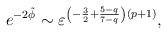
\begin{align*}e^{-2\tilde{\phi}} \sim \varepsilon^{\left(-\frac{3}{2} + \frac{5-q}{7-q}\right)\left( p+1\right)}, \end{align*}